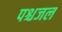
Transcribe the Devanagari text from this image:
पश्चजल